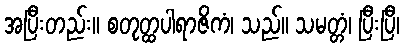
အပြီးတည်း။ စတုတ္ထပါရာဇိကံ၊ သည်။ သမတ္တံ၊ ပြီးပြီ၊